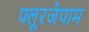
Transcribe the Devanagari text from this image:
फ्लूरजेपाम